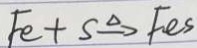
F e + S \xrightarrow { \Delta } F e S